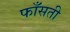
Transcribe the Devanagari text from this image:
फाँसती